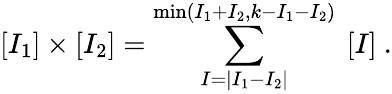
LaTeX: [I_{1}]\times[I_{2}]=\sum_{I=|I_{1}-I_{2}|}^{\mathrm{min}(I_{1}+I_{2},k-I_{1}-I_{2})}\ [I]\ .